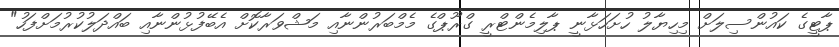
ޕާޓީގެ ކައުންސިލަށް މިހިޔާލު ހުށަހަޅާނީ ޕާލިމެންޓްރީ ގްރޫޕްގެ މެމްބަރުންނާއި މަޝްވަރާކޮށް އެބޭފުޅުންނާއި ބައްދަލުކުރުމަށްފަހު"